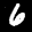
Label: 6